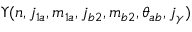
\Upsilon ( n , j _ { 1 a } , m _ { 1 a } , j _ { b 2 } , m _ { b 2 } , \theta _ { a b } , j _ { \gamma } )